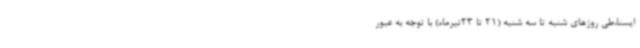
ایسنا،طی روزهای شنبه تا سه شنبه (21 تا 23تیرماه) با توجه به عبور